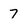
Character: 7